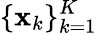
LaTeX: \{ \mathbf{x}_{k}\} _{k=1}^{K}